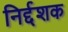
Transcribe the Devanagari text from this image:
निर्द्दशक